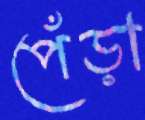
পেঁড়া